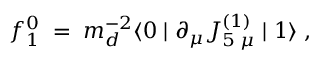
f _ { 1 } ^ { 0 } \; = \; m _ { d } ^ { - 2 } \langle 0 \mid \partial _ { \mu } J _ { 5 \; \mu } ^ { ( 1 ) } \mid 1 \rangle \; ,